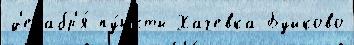
д'екабр'я́ пу́нкты Хачевка Буйково